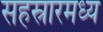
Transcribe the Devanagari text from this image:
सहस्रारमध्य